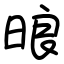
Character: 㫰